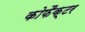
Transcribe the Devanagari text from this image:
कोफैक्टर